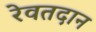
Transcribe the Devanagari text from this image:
रेवतदान